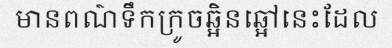
មានពណ៌ទឹកក្រូចឆ្អិនឆ្អៅនេះដែល